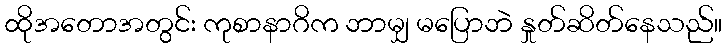
ထိုအတောအတွင်း ကုစာနာဂိက ဘာမျှ မပြောဘဲ နှုတ်ဆိတ်နေသည်။